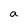
Character: a